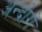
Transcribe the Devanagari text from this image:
अन्द्रोगें